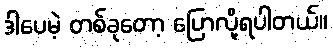
ဒါပေမဲ့ တစ်ခုတော့ ပြောလို့ရပါတယ်။